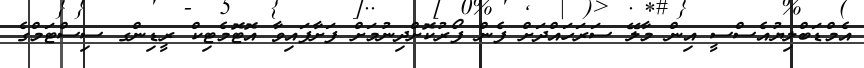
އެމްޑަބްލިޔުއެސްސީ އިން މާލޭ ސަރަހައްދަށް ފެން ފޯރުކޮށްދިނުމަށް ފަށާފައިވާ އޮޓޮމެޓިކް ރީޑިންގ ސިސްޓަމްގެ